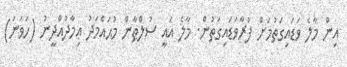
އިން މާލެ ވަޑައިގަތުމަށް ފުރާވަޑައިގަތުން. މާލެ އައީ ސުލްޠާން މުޙައްމަދު ޢިމާދުއްދީނު (ހަވަނަ)